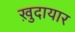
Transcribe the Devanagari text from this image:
ख़ुदायार